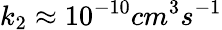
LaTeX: k_{2}\approx 10^{-10}cm^{3}s^{-1}